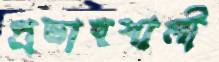
প্রভাবশালী